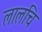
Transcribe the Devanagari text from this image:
लालचि